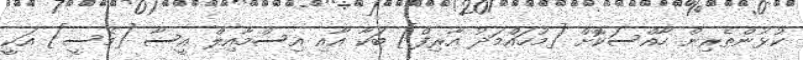
ކުޅުންތެރިން ހާއްސަކޮށް [މުހައްމަދު އާރިފް] ބަކާ އާއި އިސްމާއިލް އީސާ [މެސީ] އަކީ